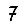
Digit: 7